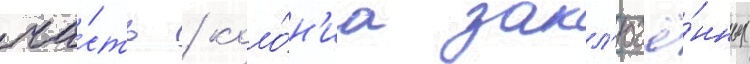
ча́сть / коло́н'иа закл'ючё́нных